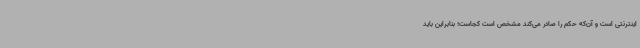
اینترنتی است و آن‌که حکم را صادر می‌کند مشخص است کجاست؛ بنابراین باید